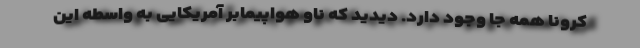
کرونا همه جا وجود دارد. دیدید که ناو هواپیمابر آمریکایی به واسطه این